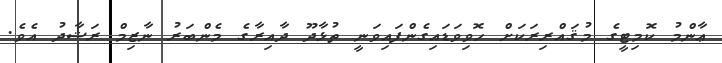
ޢާންމު ކޮމިޓީގެ މުޤައްރިރަކަށް ހޮވިވަޑައިގެންފައިވަނީ ތުޅާދޫ ދާއިރާގެ މެންބަރު ނާޒިމް ރަޝާދު އެވެ.